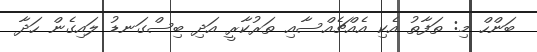
ބަންހް މި: ތަފާތު އެކި އެއްޗެއްސާއި ތަރުކާރީ އަދި ބިސްގަނޑު ލައިގެން ހަދާ